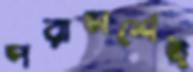
পরামর্শেই